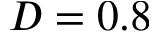
D = 0 . 8